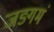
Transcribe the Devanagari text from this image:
जङ्गमं